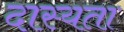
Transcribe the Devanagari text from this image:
दास्यता